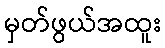
မှတ်ဖွယ်အထူး